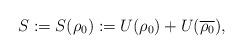
LaTeX: \begin{align*}S:=S(\rho_0):=U(\rho_0)+U(\overline{\rho_0}),\end{align*}